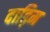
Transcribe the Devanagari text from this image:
दाड़िम